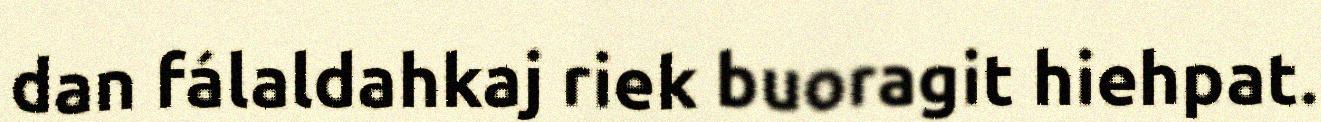
dan fálaldahkaj riek buoragit hiehpat.